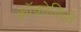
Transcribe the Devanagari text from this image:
क्रॉकोडिल